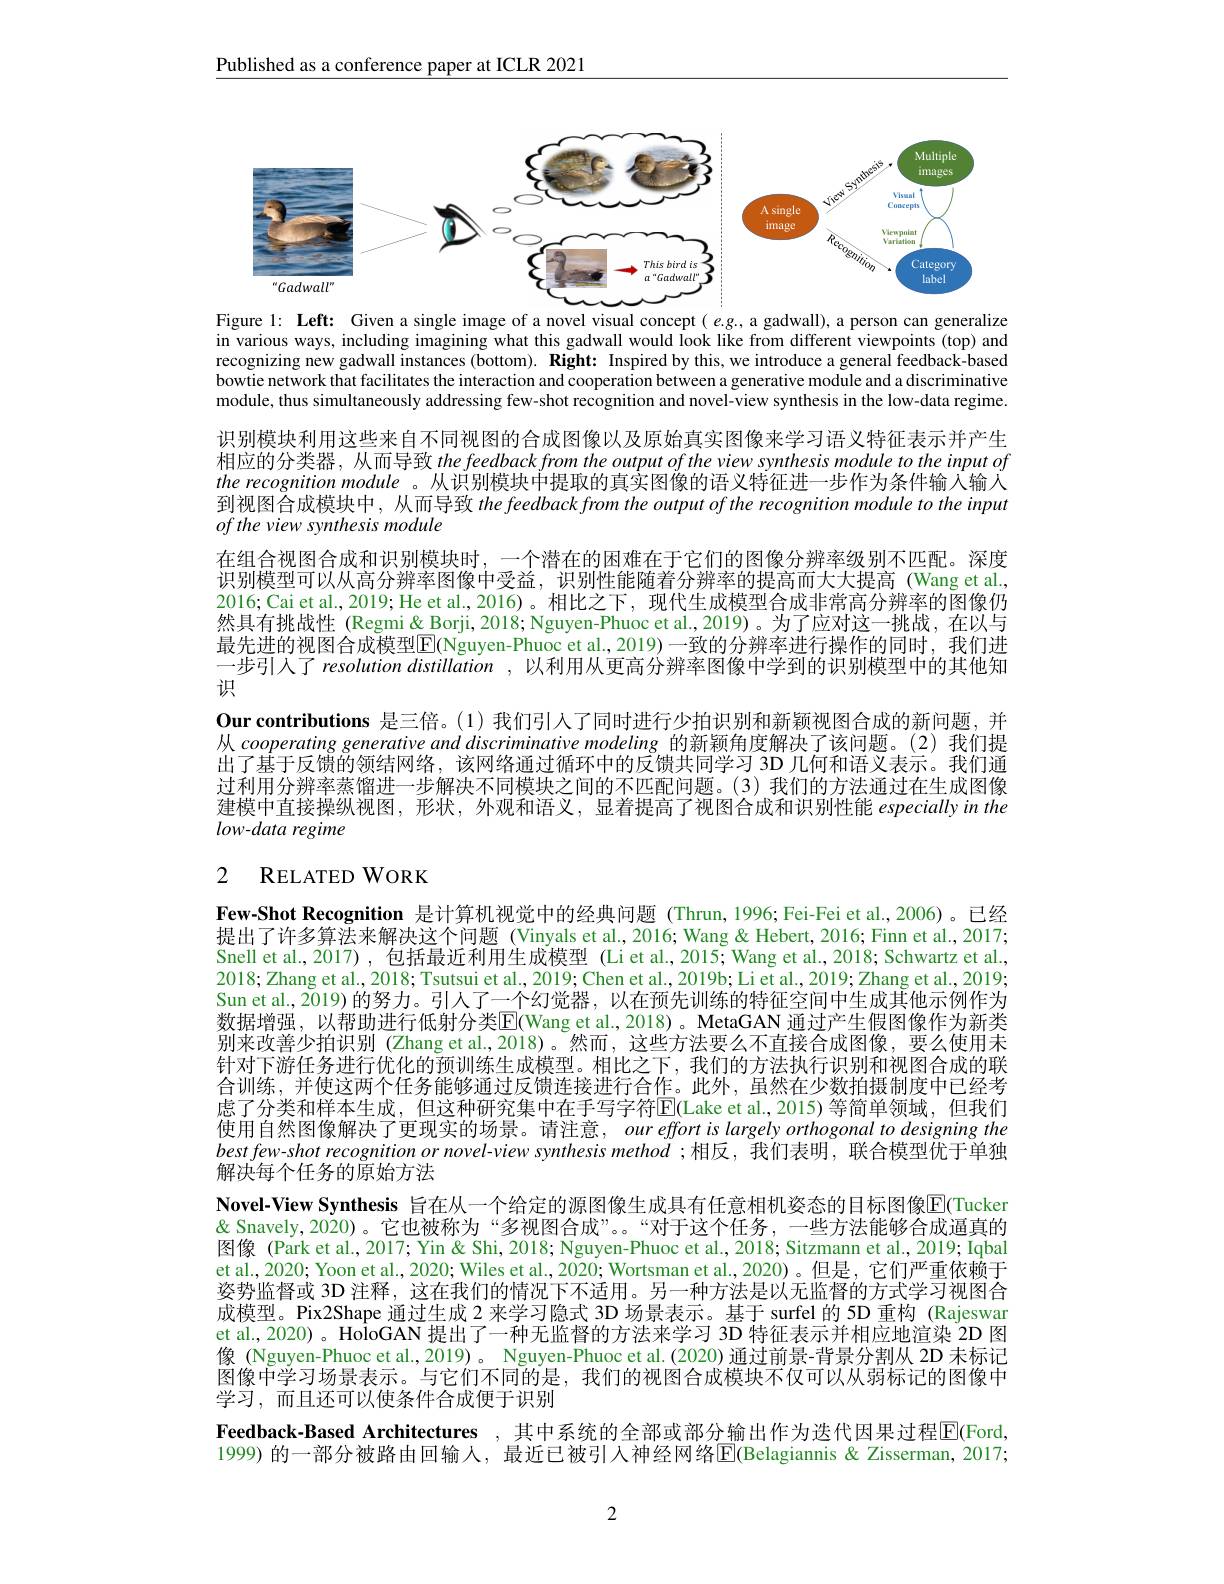
Published as a conference paper at ICLR 2021

<FigureHere>
Figure 1: Left: Given a single image of a novel visual concept( e.g., a gadwall), a person can generalize

in various ways, including imagining what this gadwall would look like from different viewpoints (top) and recognizing new gadwall instances (bottom). Right: Inspired by this, we introduce a general feedback-based bowtie network that facilitates the interaction and cooperation between a generative module and a discriminative module, thus simultaneously addressing few-shot recognition and novel-view synthesis in the low-data regime.

识别模块利用这些来自不同视图的合成图像以及原始真实图像来学习语义特征表示并产生相应的分类器，从而导致 the feedback from the output of the view synthesis module to the input of the recognition module 。从识别模块中提取的真实图像的语义特征进一步作为条件输入输人到视图合成模块中，从而导致 the feedback from the output of the recognition module to the input of the view synthesis module
在组合视图合成和识别模块时，一个潜在的困难在于它们的图像分辨率级别不匹配。深度识别模型可以从高分辨率图像中受益，识别性能随着分辨率的提高而大大提高(Wang et al, 2016; Cai et al., 2019; He et al., 2016)。相比之下，现代生成模型合成非常高分辨率的图像仍然具有挑战性 (Regmi& Borji, 2018; Nguyen-Phuoc et al., 2019)。为了应对这一挑战，在以与最先进的视图合成模型$\boxed{\mathrm{E}}($Nguyen-Phuoc et al.,2019)一致的分辨率进行操作的同时，我们进一步引人了 resolution distillation , 以利用从更高分辨率图像中学到的识别模型中的其他知识
Our contributions 是三倍。(1)我们引人了同时进行少拍识别和新颖视图合成的新问题，并从 cooperating generative and discriminative modeling 的新颖角度解决了该问题。(2)我们提出了基于反馈的领结网络，该网络通过循环中的反馈共同学习 3D 几何和语义表示。我们通过利用分辨率蒸馏进一步解决不同模块之间的不匹配问题。(3)我们的方法通过在生成图像建模中直接操纵视图，形状，外观和语义，显着提高了视图合成和识别性能 especially in the low-data regime

## 2 RELATED WORK

Few-Shot Recognition 是计算机视觉中的经典问题 (Thrun,1996; Fei-Fei et al.,2006) 。已经提出了许多算法来解决这个问题 (Vinyals et al.,2016; Wang &Hebert, 2016; Finn et al., 2017; Snell et al.,2017) ,包括最近利用生成模型 (Li et al.,2015; Wang et al.,2018; Schwartz et al., 2018; Zhang et al., 2018; Tsutsui et al., 2019; Chen et al., 2019b; Li et al., 2019; Zhang et al., 2019; Sun et al., 2019)的努力。引人了一个幻觉器，以在预先训练的特征空间中生成其他示例作为数据增强，以帮助进行低射分类$\overline{\mathrm{E}}($Wang et al., 2018)。MetaGAN 通过产生假图像作为新类别来改善少拍识别 (Zhang et al.,2018)。然而，这些方法要么不直接合成图像，要么使用未针对下游任务进行优化的预训练生成模型。相比之下，我们的方法执行识别和视图合成的联合训练，并使这两个任务能够通过反馈连接进行合作。此外，虽然在少数拍摄制度中已经考虑了分类和样本生成，但这种研究集中在手写字符E(Lake et al.,2015)等简单领域，但我们使用自然图像解决了更现实的场景。请注意，our effort is largely orthogonal to designing the $bestfew-shot$ recognition or novel-view synthesis method ;相反，我们表明，联合模型优于单独解决每个任务的原始方法
Novel-View Synthesis 旨在从一个给定的源图像生成具有任意相机姿态的目标图像$\overline{\mathrm{E}}$(Tucken & Snavely, 2020)。它也被称为“多视图合成”。。“对于这个任务，一些方法能够合成逼真的图像 (Park et al., 2017; Yin & Shi, 2018; Nguyen-Phuoc et al., 2018; Sitzmann et al., 2019; Iqbal et al., 2020; Yoon et al., 2020; Wiles et al., 2020; Wortsman et al., 2020)。但是，它们严重依赖于姿势监督或 3D 注释，这在我们的情况下不适用。另一种方法是以无监督的方式学习视图合成模型。Pix2Shape 通过生成 2 来学习隐式 3D 场景表示。基于 surfel 的 5D 重构 (Rajeswar et al., 2020) 。$\hat{\text{HoloGAN 提出了一种无监督的方法来学习 3D 特征表示并相应地渲染 2D 图}}$ 像 (Nguyen-Phuoc et al., 2019)。Nguyen-Phuoc et al.(2020) 通过前景-背景分割从 2D 未标记图像中学习场景表示。与它们不同的是，我们的视图合成模块不仅可以从弱标记的图像中学习，而且还可以使条件合成便于识别
Feedback-Based Architectures , 其中系统的全部或部分输出作为迭代因果过程$\overline{\mathbb{E}}$(Ford 1999) 的一部分被路由回输人，最近已被引人神经网络E(Belagiannis & Zisserman, 2017;

2